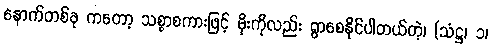
နောက်တစ်ခု ကတော့ သစ္စာစကားဖြင့် မိုးကိုလည်း ရွာစေနိုင်ပါတယ်တဲ့၊ (သံဋ္ဌ၊ ၁၊